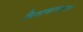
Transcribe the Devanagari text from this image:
विसाखापट्टणम